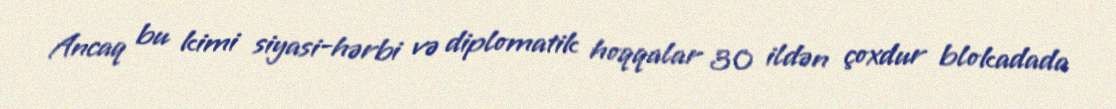
Ancaq bu kimi siyasi-hərbi və diplomatik hoqqalar 30 ildən çoxdur blokadada